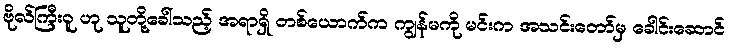
ဗိုလ်ကြီးဝူ ဟု သူတို့ခေါ်သည့် အရာရှိ တစ်ယောက်က ကျွန်မကို မင်းက အသင်းတော်မှ ခေါင်းဆောင်